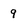
Character: 9